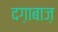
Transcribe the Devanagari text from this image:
दग़ाबाज़